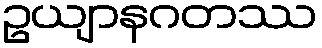
ဥယျာနဂတဿ